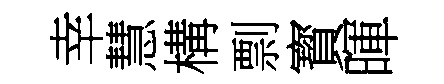
幸慧構剽寳暉